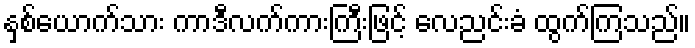
နှစ်ယောက်သား ကာဒီလက်ကားကြီးဖြင့် လေညင်းခံ ထွက်ကြသည်။